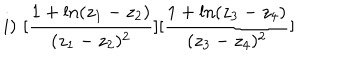
LaTeX: i ) \, \, [ \frac { 1 + \ln ( z _ { 1 } - z _ { 2 } ) } { ( z _ { 1 } - z _ { 2 } ) ^ { 2 } } ] [ \frac { 1 + \ln ( z _ { 3 } - z _ { 4 } ) } { ( z _ { 3 } - z _ { 4 } ) ^ { 2 } } ]